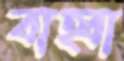
বাহ্বা